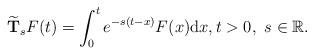
LaTeX: \begin{align*}\widetilde{\textbf{T}}_sF(t)=\int_{0}^{t}e^{-s(t-x)}F(x){\rm d}x,t>0, \ s\in \mathbb{R}.\end{align*}